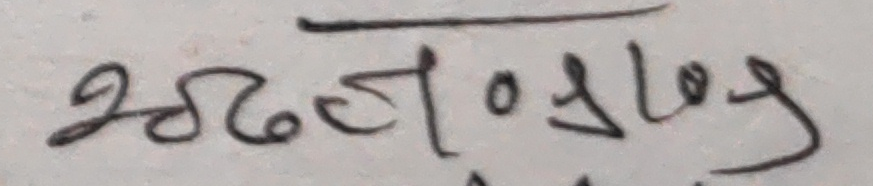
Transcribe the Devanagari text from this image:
२८दढ०१५